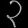
Digit: ၃